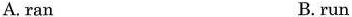
A. ran B. run